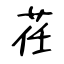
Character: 荏